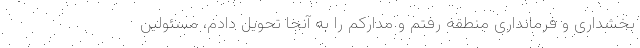
بخشداری و فرمانداری منطقه رفتم و مدارکم را به آنجا تحویل دادم، مسئولین